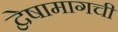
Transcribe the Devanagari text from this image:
द्वेषामागची